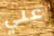
علي